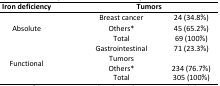
<table><thead><tr><td><b>Iron deficiency</b></td><td colspan="2"><b>Tumors</b></td></tr></thead><tbody><tr><td rowspan="3">Absolute</td><td>Breast cancer</td><td>24 (34.8%)</td></tr><tr><td>Others*</td><td>45 (65.2%)</td></tr><tr><td>Total</td><td>69 (100%)</td></tr><tr><td rowspan="3">Functional</td><td>Gastrointestinal Tumors</td><td>71 (23.3%)</td></tr><tr><td>Others*</td><td>234 (76.7%)</td></tr><tr><td>Total</td><td>305 (100%)</td></tr></tbody></table>